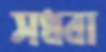
সধবা